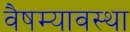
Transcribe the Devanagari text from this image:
वैषम्यावस्था